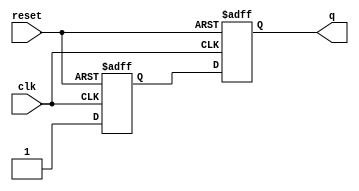
module dff_const4(input clk, input reset, output reg q);
reg q1;

always @(posedge clk, posedge reset)
begin
	if(reset)
	begin
		q <= 1'b1;
		q1 <= 1'b1;
	end
	else
	begin
		q1 <= 1'b1;
		q <= q1;
	end
end

endmodule